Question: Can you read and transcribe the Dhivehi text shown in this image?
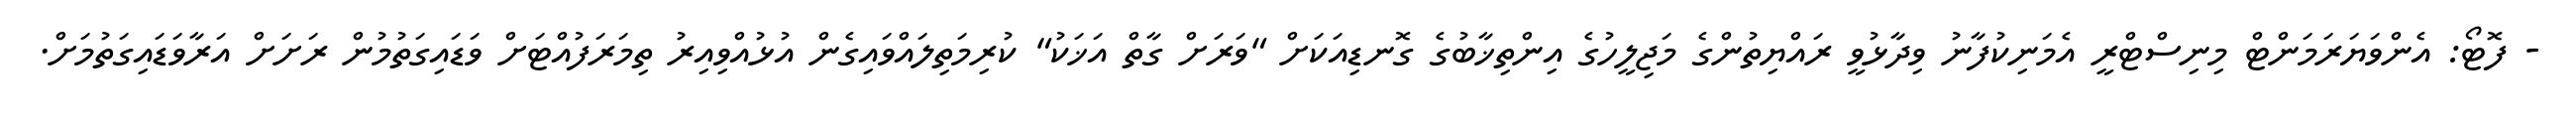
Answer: - ފޮޓޯ: އެންވަޔަރަމަންޓް މިނިސްޓްރީ އެމަނިކުފާނު ވިދާޅުވީ ރައްޔިތުންގެ މަޖިލީހުގެ އިންތިޚާބުގެ ގޮނޑިއަކަށް "ވަރަށް ގާތް އަޚަކު" ކުރިމަތިލައްވައިގެން އުޅުއްވިއިރު ތިމަރަފުއްޓަށް ވަޑައިގަތުމުން ރަށަށް އަރާވަޑައިގަތުމަށް.